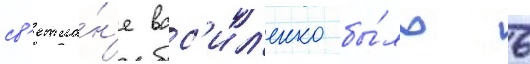
св'етла́н'е вас'ил'енко бы́ло 6